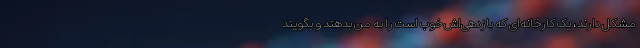
مشکل دارند، یک کارخانه‌ای که بازدهی‌اش خوب است را به من بدهند و بگویند